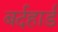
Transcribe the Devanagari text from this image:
बर्दहार्ड